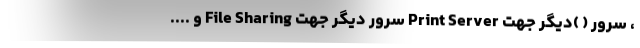
، سرور ( )دیگر جهت Print Server سرور دیگر جهت File Sharing و ....